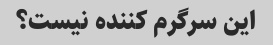
این سرگرم کننده نیست؟